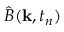
\hat { B } ( \mathbf { k } , t _ { n } )